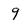
Character: 9